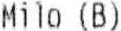
MILO (B)